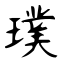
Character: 璞